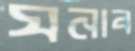
ঘনাব